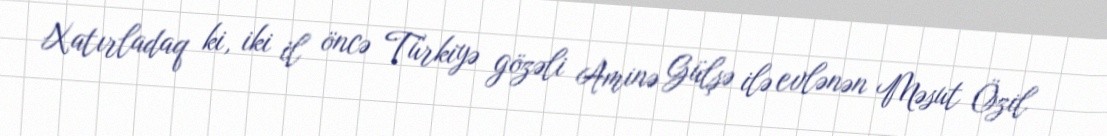
Xatırladaq ki, iki il öncə Türkiyə gözəli Aminə Gülşə ilə evlənən Məsut Özil